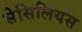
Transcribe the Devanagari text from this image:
सेसिलियस